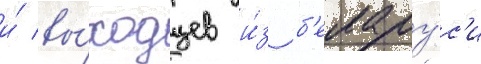
и́ вы́ходцев и́з б'елару́с'и